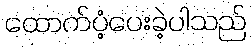
ထောက်ပံ့ပေးခဲ့ပါသည်